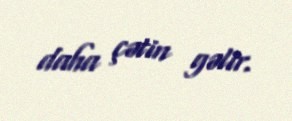
daha çətin gəlir.